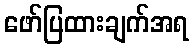
ဖော်ပြထားချက်အရ